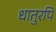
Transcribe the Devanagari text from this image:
धातुरपि